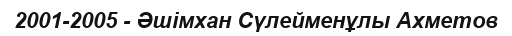
2001-2005 - Әшімхан Сүлейменұлы Ахметов